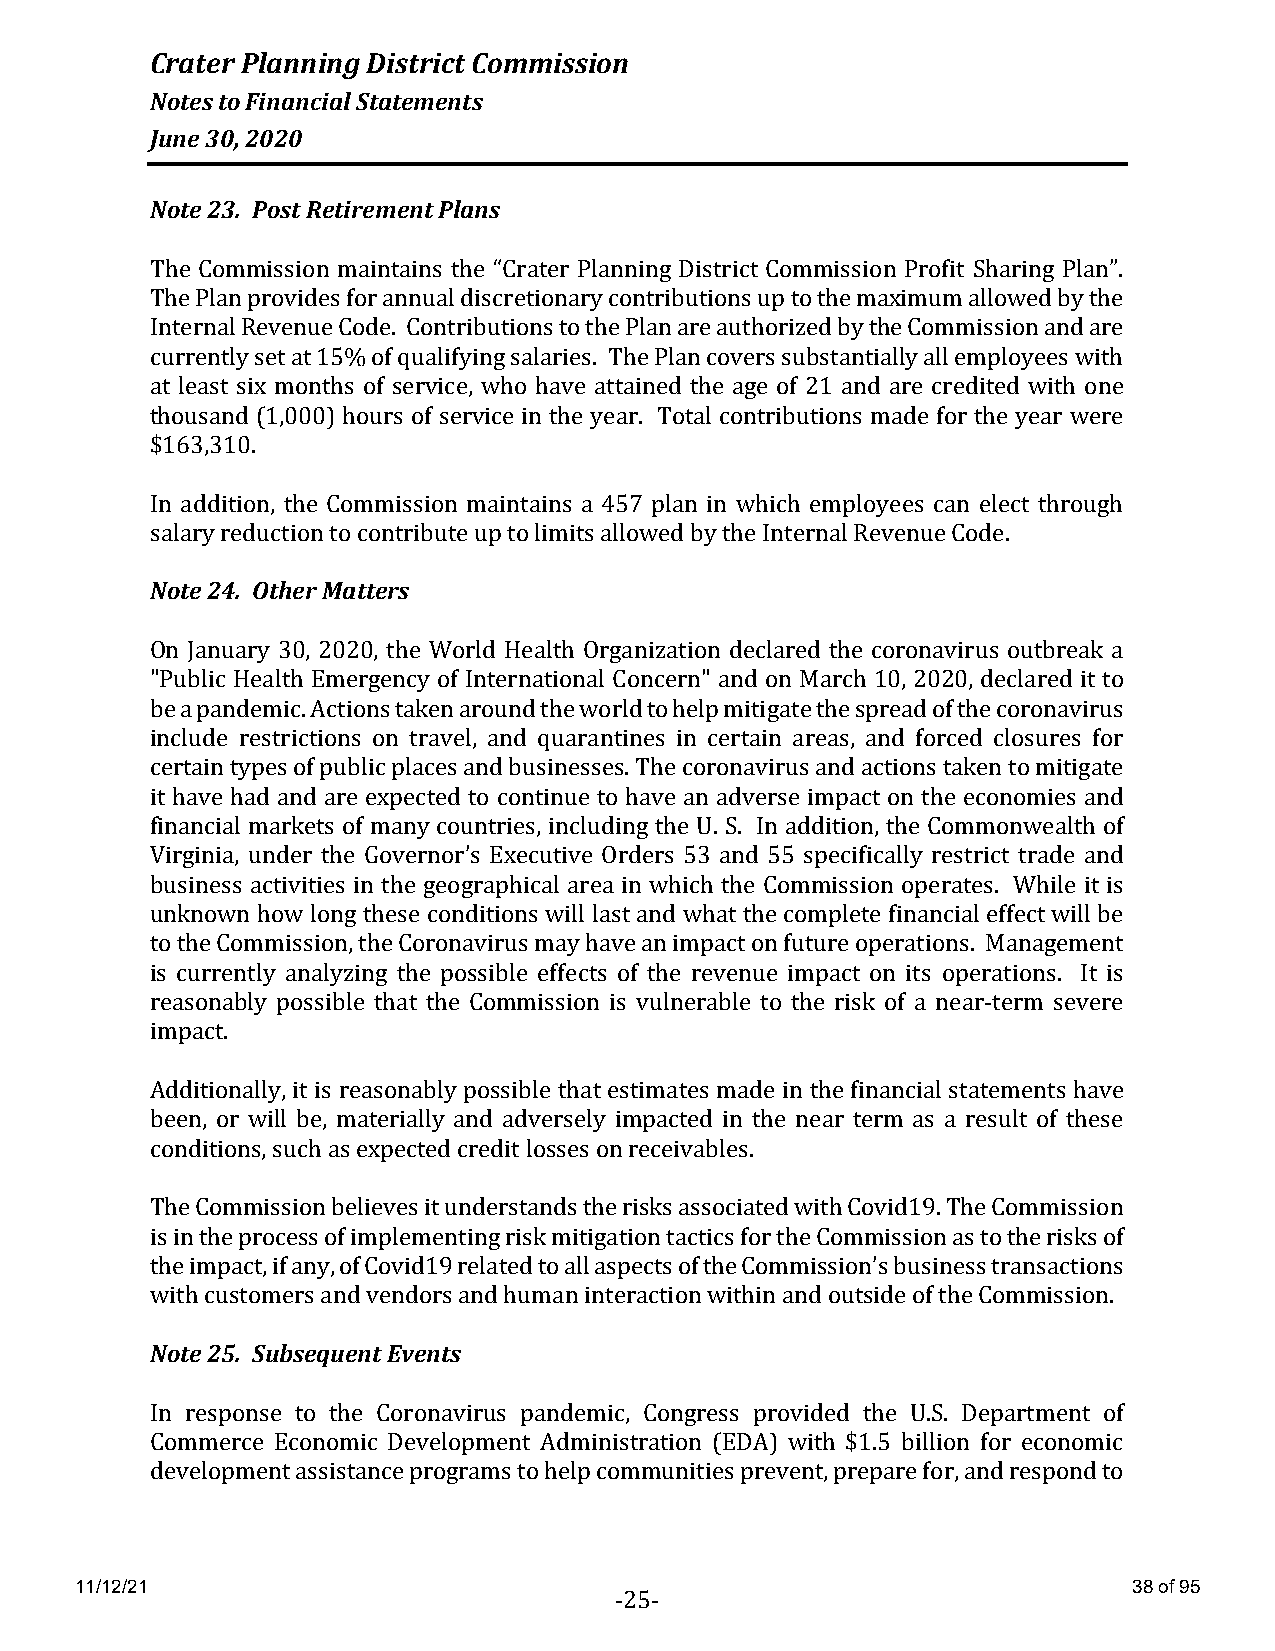
Crater Planning District Commission
 Notes to Financial Statements
 June 30, 2020
 Note 23. Post Retirement Plans
 The Commission maintains the “Crater Planning District Commission Profit Sharing Plan”.
 The Plan provides for annual discretionary contributions up to the maximum allowed by the
 Internal Revenue Code. Contributions to the Plan are authorized by the Commission and are
 currently set at 15% of qualifying salaries. The Plan covers substantially all employees with
 at least six months of service, who have attained the age of 21 and are credited with one
 thousand (1,000) hours of service in the year. Total contributions made for the year were
 $163,310.
 In addition, the Commission maintains a 457 plan in which employees can elect through
 salary reduction to contribute up to limits allowed by the Internal Revenue Code.
 Note 24. Other Matters
 On January 30, 2020, the World Health Organization declared the coronavirus outbreak a
 "Public Health Emergency of International Concern" and on March 10, 2020, declared it to
 be a pandemic. Actions taken around the world to help mitigate the spread of the coronavirus
 include restrictions on travel, and quarantines in certain areas, and forced closures for
 certain types of public places and businesses. The coronavirus and actions taken to mitigate
 it have had and are expected to continue to have an adverse impact on the economies and
 financial markets of many countries, including the U. S. In addition, the Commonwealth of
 Virginia, under the Governor’s Executive Orders 53 and 55 specifically restrict trade and
 business activities in the geographical area in which the Commission operates. While it is
 unknown how long these conditions will last and what the complete financial effect will be
 to the Commission, the Coronavirus may have an impact on future operations. Management
 is currently analyzing the possible effects of the revenue impact on its operations. It is
 reasonably possible that the Commission is vulnerable to the risk of a near-term severe
 impact.
 Additionally, it is reasonably possible that estimates made in the financial statements have
 been, or will be, materially and adversely impacted in the near term as a result of these
 conditions, such as expected credit losses on receivables.
 The Commission believes it understands the risks associated with Covid19. The Commission
 is in the process of implementing risk mitigation tactics for the Commission as to the risks of
 the impact, if any, of Covid19 related to all aspects of the Commission’s business transactions
 with customers and vendors and human interaction within and outside of the Commission.
 Note 25. Subsequent Events
 In response to the Coronavirus pandemic, Congress provided the U.S. Department of
 Commerce Economic Development Administration (EDA) with $1.5 billion for economic
 development assistance programs to help communities prevent, prepare for, and respond to
 11/12/21                                                              38 of 95
 -25-